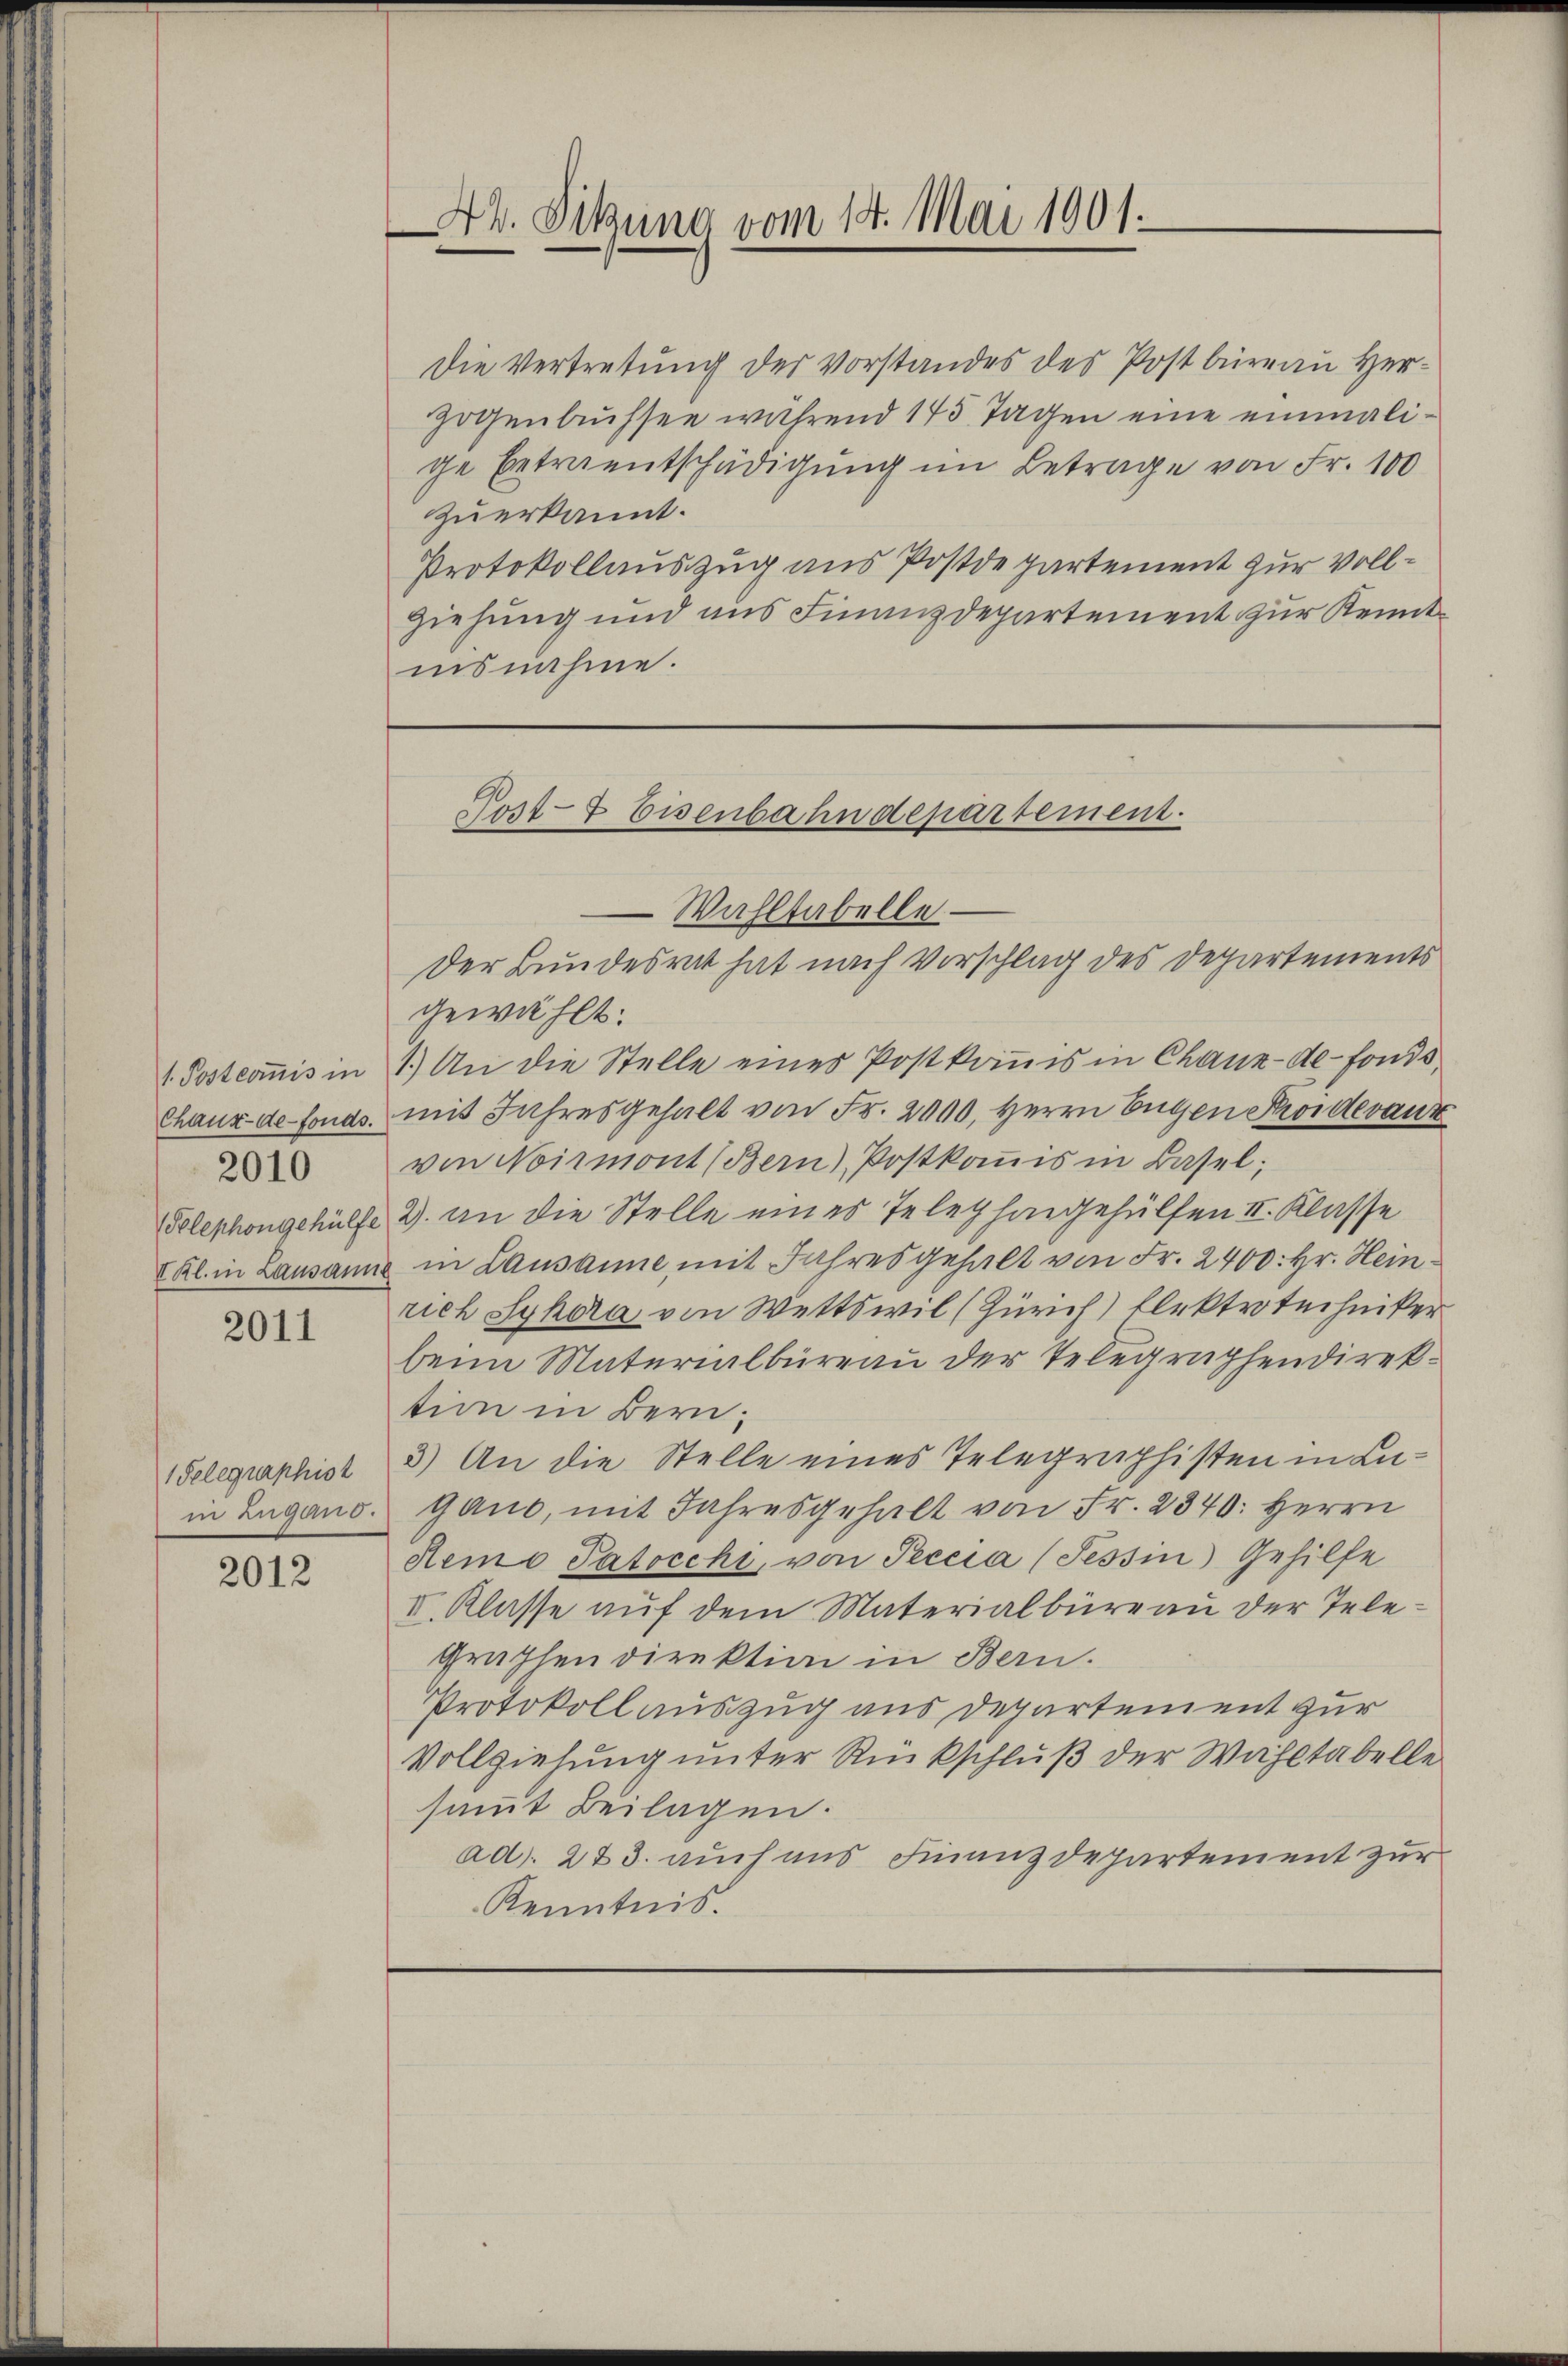
1. Postcommis in

2010

2011

1Selequaphist

2012

Ab. Sitzung vom 14. Mai 1901.

Die Vertretung des Vorstandes des Postbüreau Herzogenbüchsen während 145 Tagen eine einmalige Betraentschädigung im Betrage von Fr. 100
zuerkannt.
Protokollauszug aus Postdepartement zur Voll¬
Ziehung und aus Finanzdepartement zur Kenntinsnahme.

Post-7 Eisenbahndepartement.

Wahltabelle
Der Bundesrat hat nach Vorschlag des Departements
gewählt:
1.) An die Stelle eines Postkommis in Chaux-de-Fonds¬
Chaux de fonds. mit Jahresgehalt von Fr. 2000. Herrn Eugen Kroideraus
von Noirmont (Bern Postkommis in Basel;
Telephongehülfe 2 an die Stelle eines Telephongehülfen II. Klasse
Kl. in Lausanne in Lausanne mit Jahresgehalt von Fr. 2400. Hr. Heinrich Syhora von Wettswil (Zürich) Elektrotechniker
beim Materialbüreau der Telegraphendirektion in Bern;
3) An die Stelle eines Telegraphisten in Luin Zugans. Gano, mit Jahresgehalt von Fr. 2340: Herrn
Remo Patocchi, von Peccia (Tessin Gehilfe
II. Klasse auf dem Materialbüreau der Tele¬
Grüssen direktion in Bern.
Protokoll auszug aus Departement zur
Vollziehung unter Rückschluß der Wahltabelle
sammt Beilagen.
ad. 223. auch aus Finanzdepartement zur
Kenntnis.